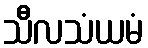
သီလသံယမံ